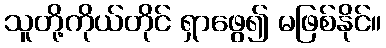
သူတို့ကိုယ်တိုင် ရှာဖွေ၍ မဖြစ်နိုင်။